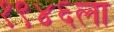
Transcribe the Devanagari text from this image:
१९४६ला